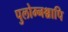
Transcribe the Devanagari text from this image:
पुलोम्नश्चापि